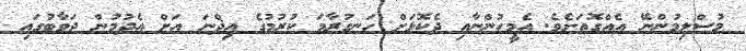
މުސްލިމުންނޭ އެއްގޮތަށެވެ. އެމީހުންނާއި ދެކޮޅަށް ހަނގުރާމަ ކުރުމުގެ އިޛްނަ އަށް އެދުމުން ޖަވާބުގައި